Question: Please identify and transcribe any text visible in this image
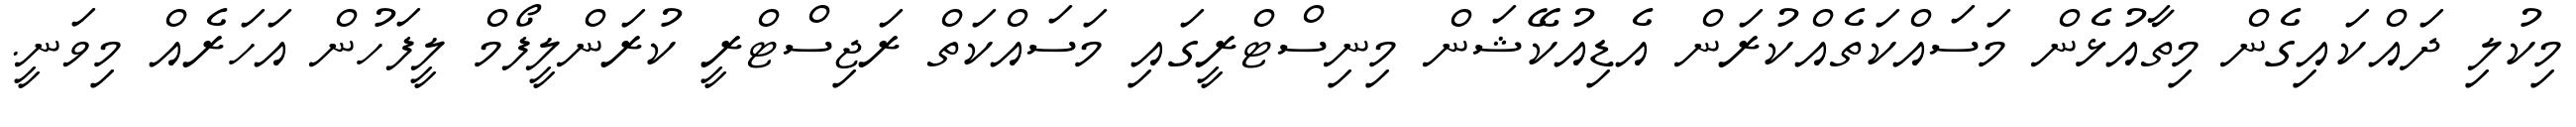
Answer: މިކުލި ދައްކައިގެން މިތާއުޅެން މަސައްކަތެއްކުރަން އެޑިއުކޭޝަން މިނިސްޓްރީގައި މަސައްކަތް ރަޖިސްޓްރީ ކުރަންލީފޯމް ލީފަހުން އަހަރެއް މިވަނީ.